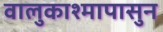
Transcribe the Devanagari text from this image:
वालुकाश्मापासुन